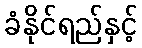
ခံနိုင်ရည်နှင့်